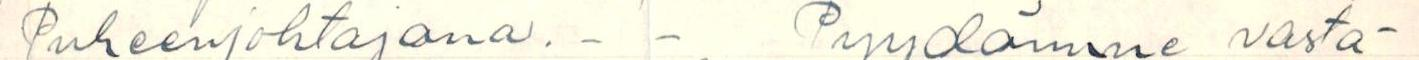
Puheenjohtajana. - - Pyydämme vasta-